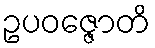
ဥပဝဇ္ဇောတိ